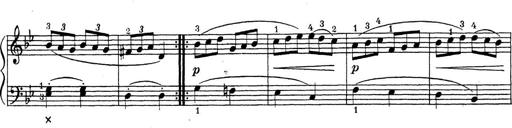
Title: ÄŒeskÃ© Sonatiny
Composer: Various